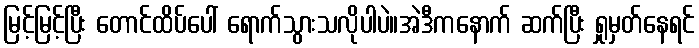
မြင့်မြင့်ပြီး တောင်ထိပ်ပေါ် ရောက်သွားသလိုပါပဲ။အဲဒီကနောက် ဆက်ပြီး ရှုမှတ်နေရင်